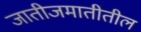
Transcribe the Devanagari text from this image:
जातीजमातीतील